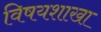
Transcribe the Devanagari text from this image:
विषयशाखा